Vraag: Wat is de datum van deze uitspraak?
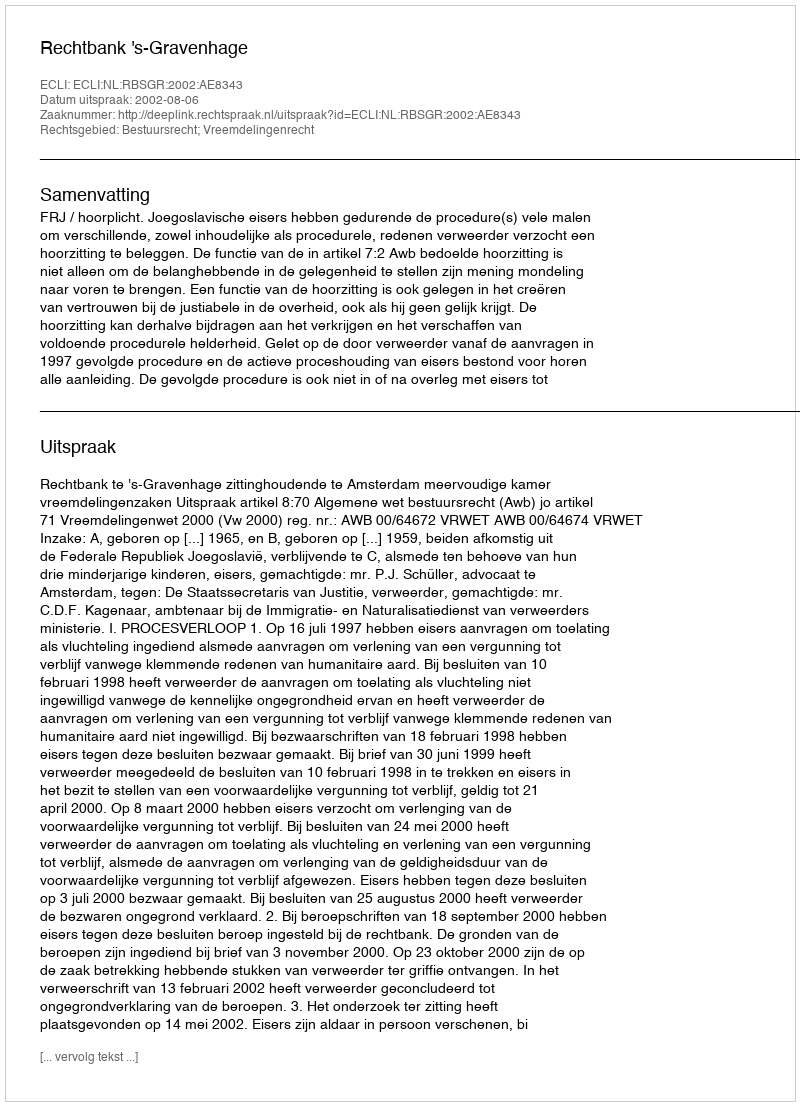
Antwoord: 2002-08-06